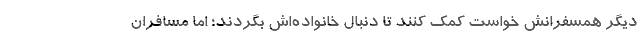
دیگر همسفرانش خواست کمک کنند تا دنبال خانواده‌اش بگردند؛ اما مسافران